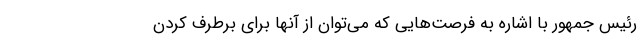
رئیس جمهور با اشاره به فرصت‌هایی که می‌توان از آنها برای برطرف کردن